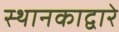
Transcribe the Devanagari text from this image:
स्थानकाद्वारे